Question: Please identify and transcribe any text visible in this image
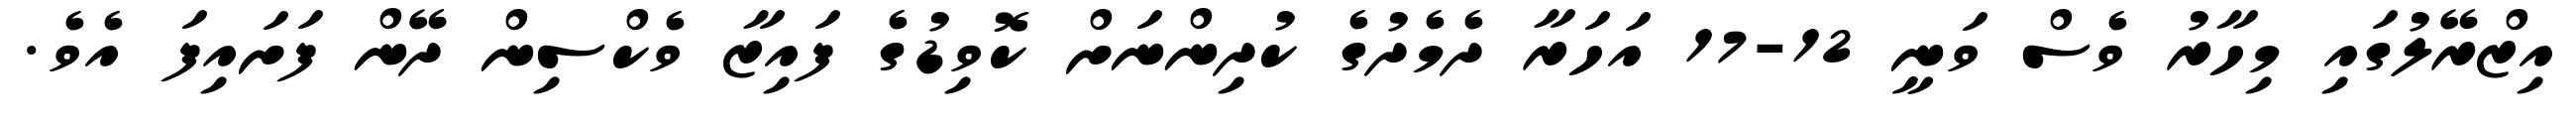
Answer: އިޒްރޭލުގައި މިހާރު ވެސް ވަނީ 12-17 އަހަރާ ދެމެދުގެ ކުދިންނަށް ކޮވިޑުގެ ފައިޒާ ވެކްސިން ދޭން ފަށައިފަ އެވެ.